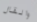
والقال